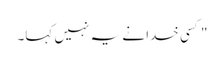
" کسی خدا نے یہ نہیں کہا۔